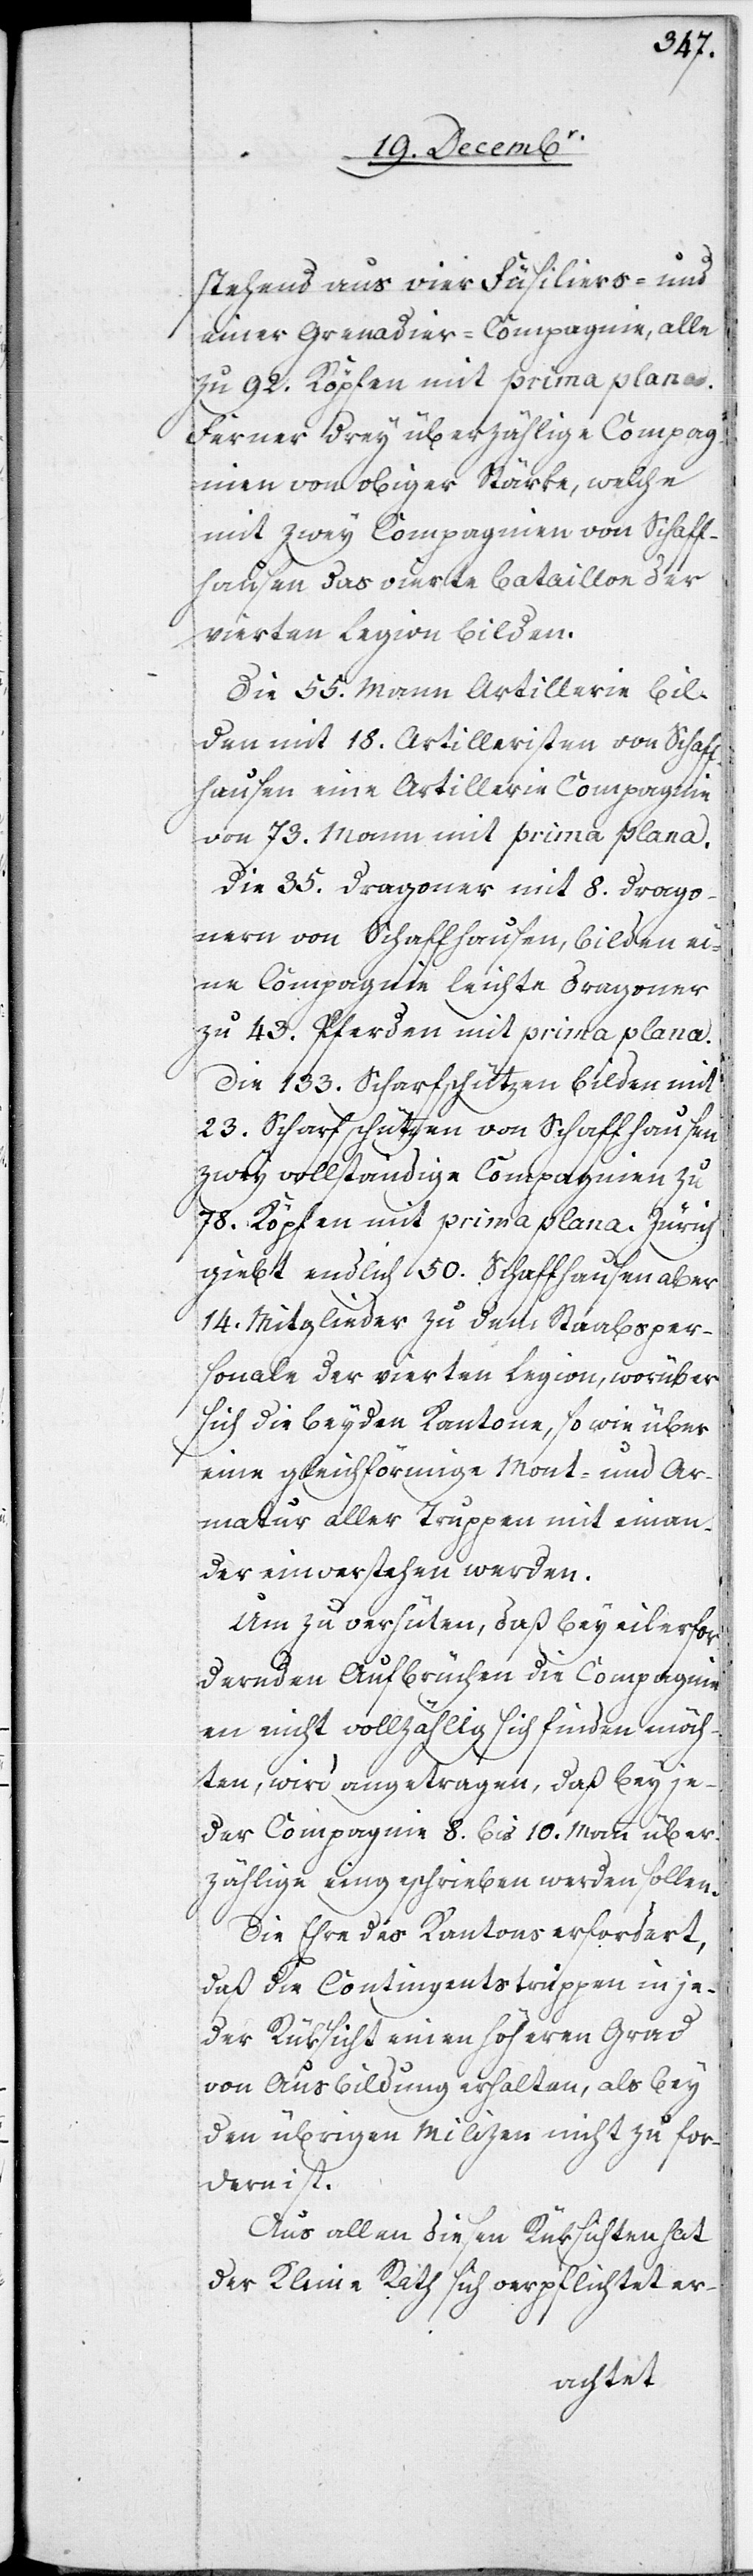
stehend aus vier Füsiliers- und
einer Grenadier-Compagnie, alle
zu 92. Köpfen mit prima plana.
Ferner drey überzählige Compag¬
nien von obiger Stärke, welche
mit zwey Compagnien von Schaff¬
hausen das vierte Bataillon der
vierten Legion bilden.
Die 55. Mann Artillerie bil¬
den mit 18. Artilleristen von Schaff¬
hausen eine Artillerie[-]Compagnie
von 73. Mann mit prima plana.
Die 35. Dragoner mit 8. Drago¬
nern von Schaffhausen, bilden ei¬
ne Compagnie leichte Dragoner
zu 43. Pferden mit prima plana.
Die 133. Scharfschützen bilden mit
23. Scharfschützen von Schaffhausen
zwey vollständige Compagnien zu
78. Köpfen mit prima plana. Zürich
giebt endlich 50. Schaffhausen aber
14. Mitglieder zu dem Staabsper¬
sonale der vierten Legion, worüber
sich die beyden Kantone, so wie über
eine gleichförmige Mont- und Ar¬
matur aller Truppen mit einan¬
der einverstehen werden.
Um zu verhüten, daß bey eilesfor¬
dernden Aufbrüchen die Compagni¬
en nicht vollzählig sich finden möch¬
ten, wird angetragen, daß bey je¬
der Compagnie 8. bis 10. Mann über¬
zählige eingeschrieben werden sollen.
Die Ehre des Kantons erfordert,
daß die Contingentstruppen in je¬
der Rüksicht einen höheren Grad
von Ausbildung erhalten, als bey
den übrigen Milizen nicht zu for¬
dern ist.
Aus allen diesen Rüksichten hat
der Kleine Rath sich verpflichtet er-